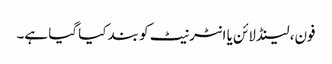
فون، لینڈلائن یا انٹرنیٹ کو بند کیا گیا ہے۔